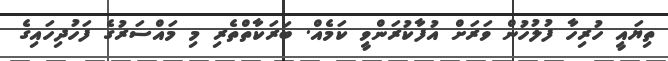
ތިޔައީ ހުރިހާ ފުލުހުން ވަރަށް އުފާކުރަންވީ ކަމެއް. ބަރަކާތްތެރި މި މައްސަރުގެ ފަހުދިހައިގެ